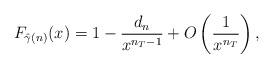
LaTeX: \begin{align*}F_{\hat{\gamma}(n)}(x) = 1- \frac{d_n}{x^{n_T-1}} +O\left(\frac{1}{x^{n_T}}\right) ,\end{align*}